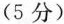
（5分）